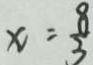
x = \frac { 8 } { 3 }